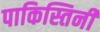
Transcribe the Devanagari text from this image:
पाकिस्तिनी